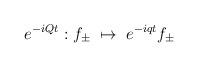
LaTeX: \begin{align*}e^{-iQt} : f_\pm \; \mapsto \; e^{-iqt} f_\pm \end{align*}